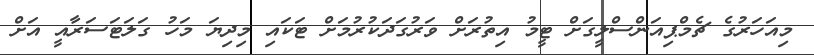
މިއަހަރުގެ ޗެމްޕިއަންސްލީގަށް ޓީމު އިތުރަށް ވަރުގަދަކުރުމަށް ޓަކައި މިދިޔަ މަހު ގަލަޓަސަރާއީ އަށް